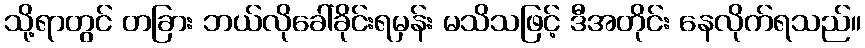
သို့ရာတွင် တခြား ဘယ်လိုခေါ်ခိုင်းရမှန်း မသိသဖြင့် ဒီအတိုင်း နေလိုက်ရသည်။